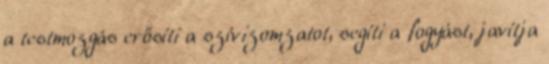
a testmozgás erősíti a szívizomzatot, segíti a fogyást, javítja